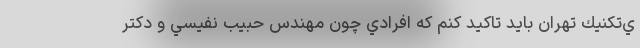
ي‌تكنيك تهران بايد تاكيد كنم كه افرادي چون مهندس حبيب نفيسي و دكتر